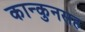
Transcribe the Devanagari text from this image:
कान्कुनसह